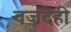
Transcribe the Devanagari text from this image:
वज्रदेही